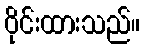
ဝိုင်းထားသည်။